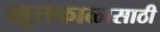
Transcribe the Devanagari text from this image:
भूतकाळासाठी